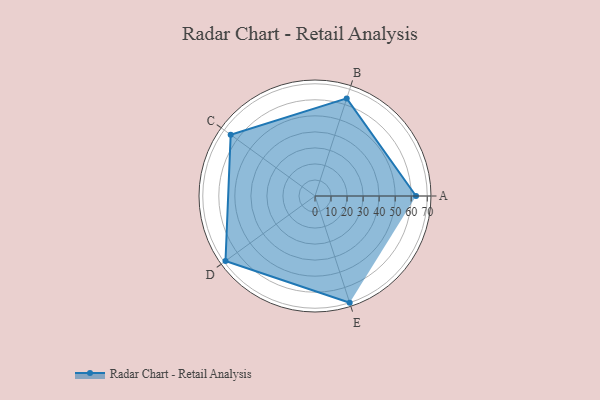
{"axis": {"x": "Skill", "y": "Score"}, "legend": ["Profile"], "data": [{"x": "A", "y": 63.0, "type": "Profile"}, {"x": "B", "y": 64.0, "type": "Profile"}, {"x": "C", "y": 65.0, "type": "Profile"}, {"x": "D", "y": 69.0, "type": "Profile"}, {"x": "E", "y": 70.0, "type": "Profile"}]}